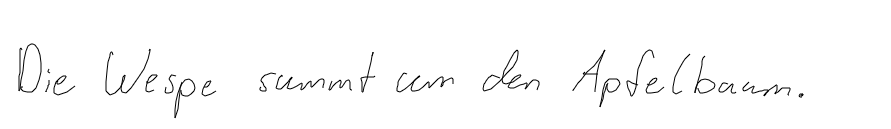
Die Wespe summt um den Apfelbaum.